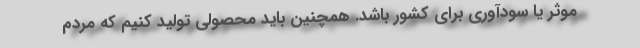
موثر یا سودآوری برای کشور باشد. همچنین باید محصولی تولید کنیم که مردم